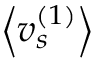
\left< v _ { s } ^ { ( 1 ) } \right>